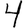
Digit: 4